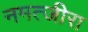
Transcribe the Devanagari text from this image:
नमत्जीरा